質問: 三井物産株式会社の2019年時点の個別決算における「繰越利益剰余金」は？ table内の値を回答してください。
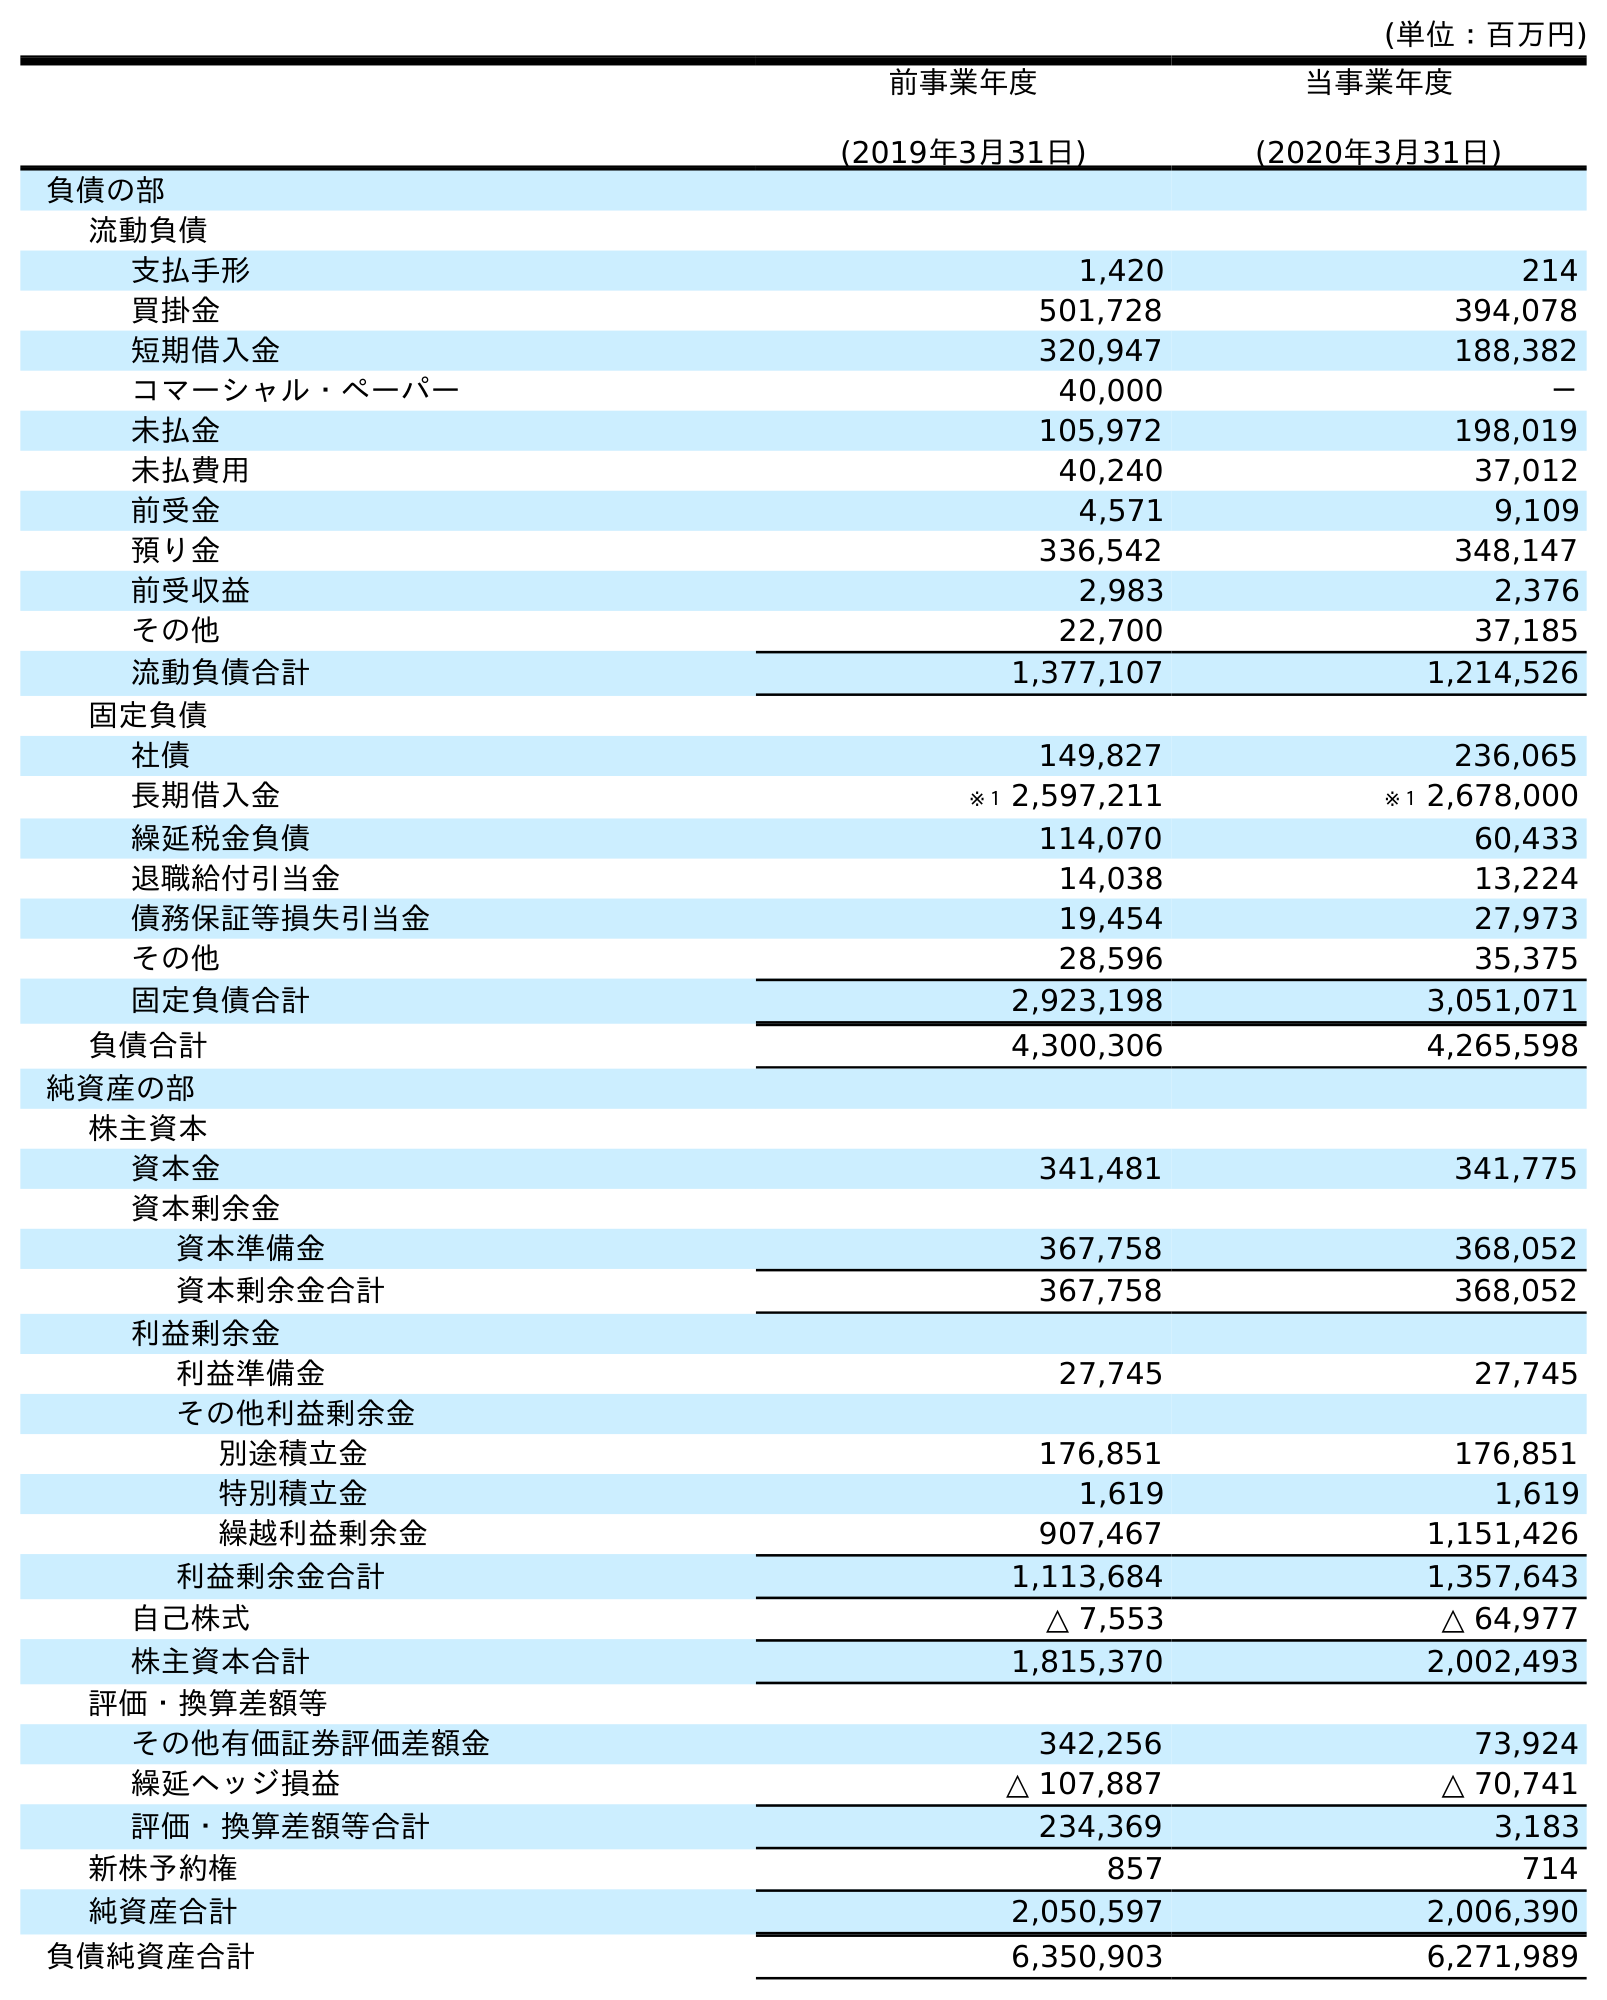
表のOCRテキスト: (単位：百万円) 前事業年度 (2019年3月31日) 当事業年度 (2020年3月31日) 負債の部 流動負債 支払手形 1,420 214 買掛金 501,728 394,078 短期借入金 320,947 188,382 コマーシャル・ペーパー 40,000 － 未払金 105,972 198,019 未払費用 40,240 37,012 前受金 4,571 9,109 預り金 336,542 348,147 前受収益 2,983 2,376 その他 22,700 37,185 流動負債合計 1,377,107 1,214,526 固定負債 社債 149,827 236,065 長期借入金 ※１ 2,597,211 ※１ 2,678,000 繰延税金負債 114,070 60,433 退職給付引当金 14,038 13,224 債務保証等損失引当金 19,454 27,973 その他 28,596 35,375 固定負債合計 2,923,198 3,051,071 負債合計 4,300,306 4,265,598 純資産の部 株主資本 資本金 341,481 341,775 資本剰余金 資本準備金 367,758 368,052 資本剰余金合計 367,758 368,052 利益剰余金 利益準備金 27,745 27,745 その他利益剰余金 別途積立金 176,851 176,851 特別積立金 1,619 1,619 繰越利益剰余金 907,467 1,151,426 利益剰余金合計 1,113,684 1,357,643 自己株式 △ 7,553 △ 64,977 株主資本合計 1,815,370 2,002,493 評価・換算差額等 その他有価証券評価差額金 342,256 73,924 繰延ヘッジ損益 △ 107,887 △ 70,741 評価・換算差額等合計 234,369 3,183 新株予約権 857 714 純資産合計 2,050,597 2,006,390 負債純資産合計 6,350,903 6,271,989
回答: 907,467